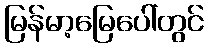
မြန်မာ့မြေပေါ်တွင်